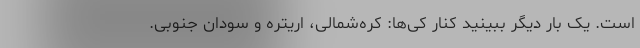
است. یک بار دیگر ببینید کنار کی‌ها: کره‌شمالی، اریتره و سودان جنوبی.